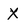
Character: X